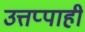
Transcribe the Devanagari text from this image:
उत्तप्पाही